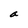
Character: a